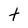
Character: t